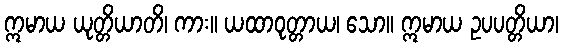
ဣမာယ ယုတ္တိယာတိ၊ ကား။ ယထာဝုတ္တာယ၊ သော။ ဣမာယ ဥပပတ္တိယာ၊